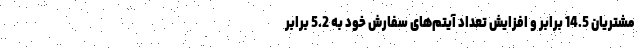
مشتریان 14.5 برابر و افزایش تعداد آیتم‌های سفارش خود به 5.2 برابر